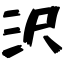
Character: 沢